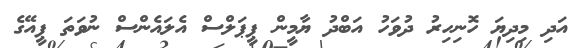
އަދި މިދިޔަ ހޮނިހިރު ދުވަހު އަބްދު ޔާމީން ޕީޕަލްސް އެލައެންސް ނުވަތަ ޕީއޭގެ